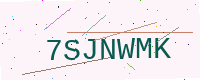
Text: 7SJNWMK